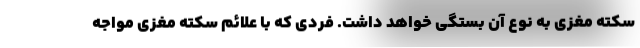
سکته مغزی به نوع آن بستگی خواهد داشت. فردی که با علائم سکته مغزی مواجه